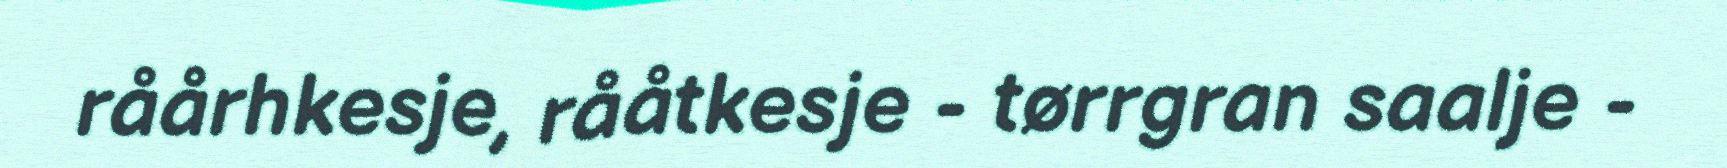
råårhkesje, rååtkesje - tørrgran saalje -